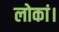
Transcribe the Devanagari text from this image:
लोकां।